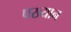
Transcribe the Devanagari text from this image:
पख्यान